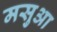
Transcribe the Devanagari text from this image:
मसुआ